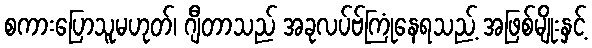
စကားပြောသူမဟုတ်၊ ဂျီတာသည် အခုလပ်ဗ်ကြုံနေရသည့် အဖြစ်မျိုးနှင့်